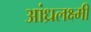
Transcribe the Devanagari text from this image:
आंध्रलक्ष्मी